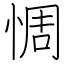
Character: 惆